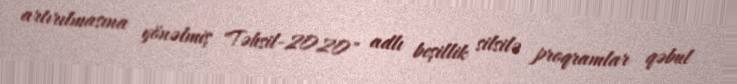
artırılmasına yönəlmiş "Təhsil-2020" adlı beşillik silsilə proqramlar qəbul